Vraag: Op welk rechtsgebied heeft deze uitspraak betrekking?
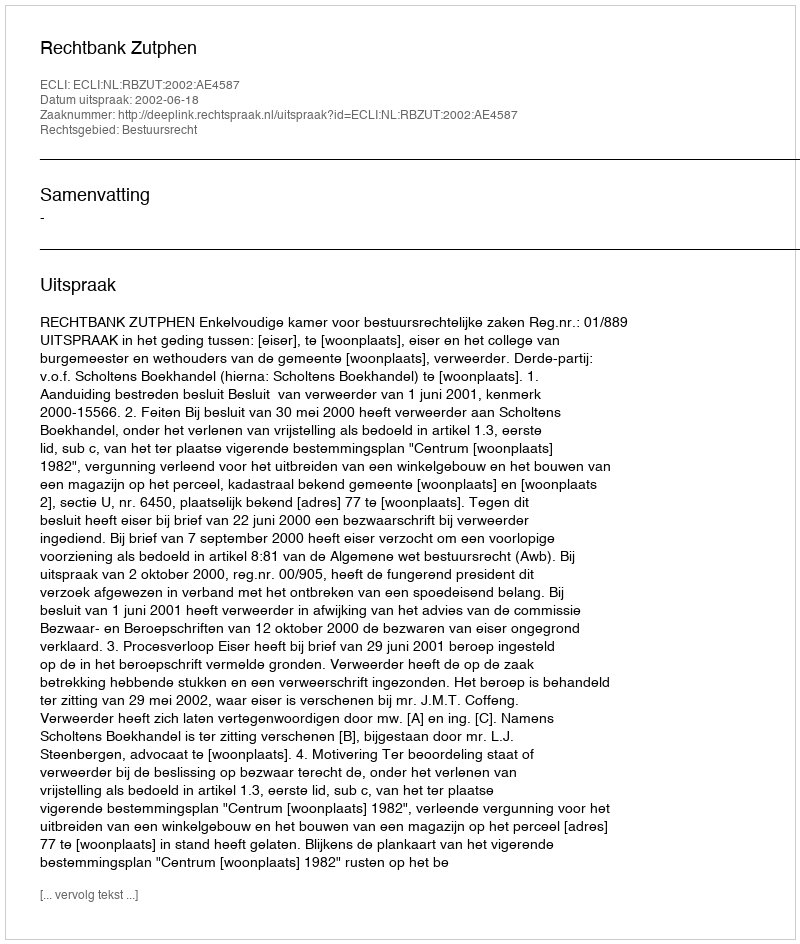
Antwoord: Bestuursrecht